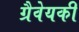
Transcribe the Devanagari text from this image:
ग्रैवेयकी